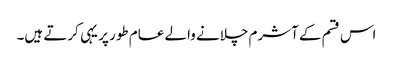
اس قسم کے آشرم چلانے والے عام طور پر یہی کرتے ہیں۔